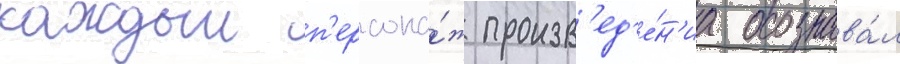
каждыи п'ерсона́ж произв'ед'е́н'иа осознава́л